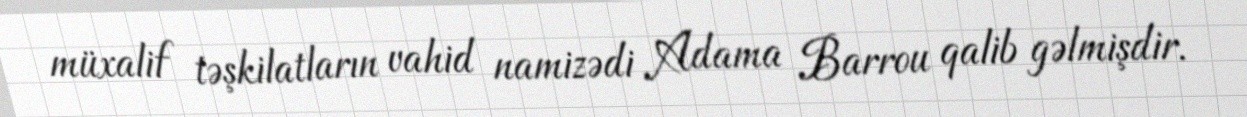
müxalif təşkilatların vahid namizədi Adama Barrou qalib gəlmişdir.